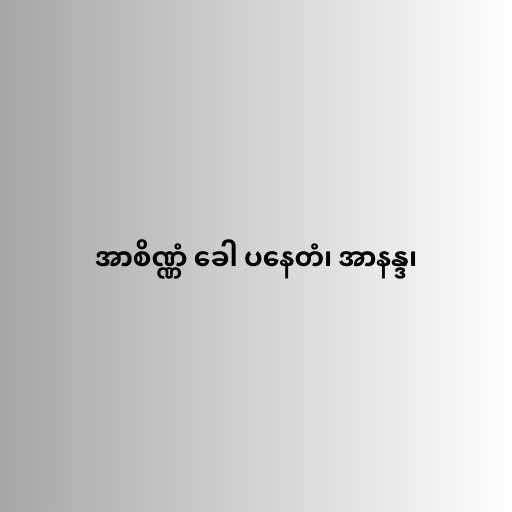
အာစိဏ္ဏံ ခေါ ပနေတံ၊ အာနန္ဒ၊